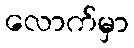
လောက်မှာ